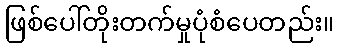
ဖြစ်ပေါ်တိုးတက်မှုပုံစံပေတည်း။